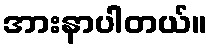
အားနာပါတယ်။